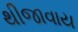
થીજાવાય